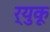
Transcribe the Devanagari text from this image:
र्युकू